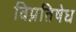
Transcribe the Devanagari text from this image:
विप्रतिषेध